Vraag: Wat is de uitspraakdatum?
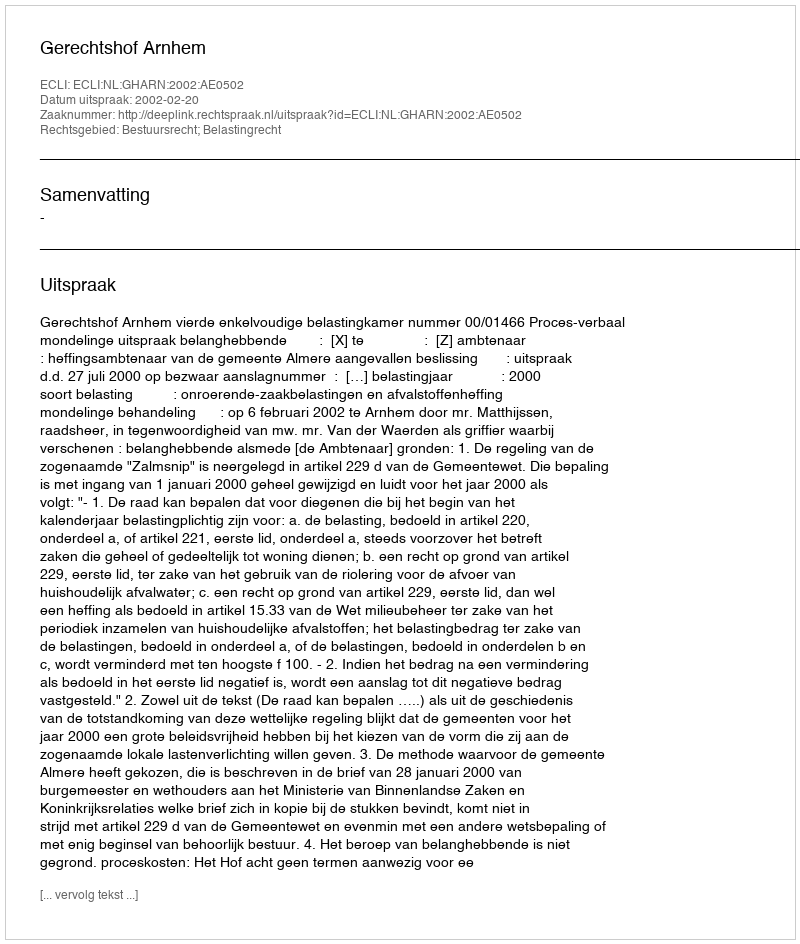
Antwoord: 2002-02-20